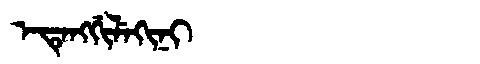
Manchu: ᡝᡨᡝᠩᡤᡳᠯᡝᡴᡳᠨᡳ
Romanization: ETENGGILEKINI